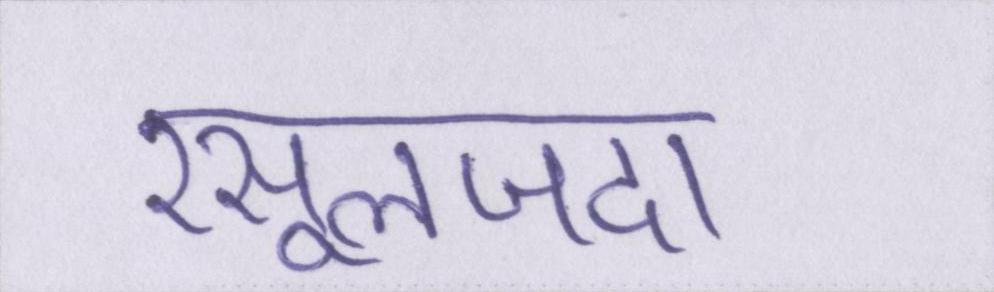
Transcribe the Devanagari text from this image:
रसूलजदा